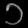
Digit: ၁